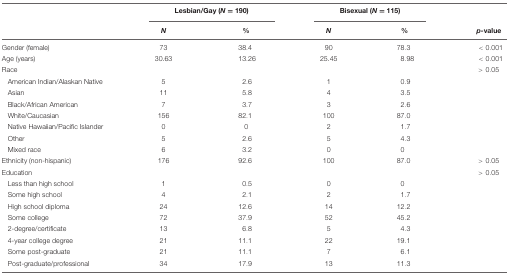
<table><thead><tr><td></td><td colspan="2"><b>Lesbian/Gay (<i>N</i> = 190)</b></td><td colspan="2"><b>Bisexual (<i>N</i> = 115)</b></td><td></td></tr><tr><td></td><td><b><i>N</i></b></td><td><b>%</b></td><td><b><i>N</i></b></td><td><b>%</b></td><td><b><i>p-</i>value</b></td></tr></thead><tbody><tr><td>Gender (female)</td><td>73</td><td>38.4</td><td>90</td><td>78.3</td><td>&lt;0.001</td></tr><tr><td>Age (years)</td><td>30.63</td><td>13.26</td><td>25.45</td><td>8.98</td><td>&lt;0.001</td></tr><tr><td>Race</td><td></td><td></td><td></td><td></td><td>&gt;0.05</td></tr><tr><td>American Indian/Alaskan Native</td><td>5</td><td>2.6</td><td>1</td><td>0.9</td><td></td></tr><tr><td>Asian</td><td>11</td><td>5.8</td><td>4</td><td>3.5</td><td></td></tr><tr><td>Black/African American</td><td>7</td><td>3.7</td><td>3</td><td>2.6</td><td></td></tr><tr><td>White/Caucasian</td><td>156</td><td>82.1</td><td>100</td><td>87.0</td><td></td></tr><tr><td>Native Hawaiian/Pacific Islander</td><td>0</td><td>0</td><td>2</td><td>1.7</td><td></td></tr><tr><td>Other</td><td>5</td><td>2.6</td><td>5</td><td>4.3</td><td></td></tr><tr><td>Mixed race</td><td>6</td><td>3.2</td><td>0</td><td>0</td><td></td></tr><tr><td>Ethnicity (non-hispanic)</td><td>176</td><td>92.6</td><td>100</td><td>87.0</td><td>&gt;0.05</td></tr><tr><td>Education</td><td></td><td></td><td></td><td></td><td>&gt;0.05</td></tr><tr><td>Less than high school</td><td>1</td><td>0.5</td><td>0</td><td>0</td><td></td></tr><tr><td>Some high school</td><td>4</td><td>2.1</td><td>2</td><td>1.7</td><td></td></tr><tr><td>High school diploma</td><td>24</td><td>12.6</td><td>14</td><td>12.2</td><td></td></tr><tr><td>Some college</td><td>72</td><td>37.9</td><td>52</td><td>45.2</td><td></td></tr><tr><td>2-degree/certificate</td><td>13</td><td>6.8</td><td>5</td><td>4.3</td><td></td></tr><tr><td>4-year college degree</td><td>21</td><td>11.1</td><td>22</td><td>19.1</td><td></td></tr><tr><td>Some post-graduate</td><td>21</td><td>11.1</td><td>7</td><td>6.1</td><td></td></tr><tr><td>Post-graduate/professional</td><td>34</td><td>17.9</td><td>13</td><td>11.3</td><td></td></tr><tr><td></td></tr></tbody></table>